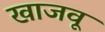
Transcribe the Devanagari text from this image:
खाजवू